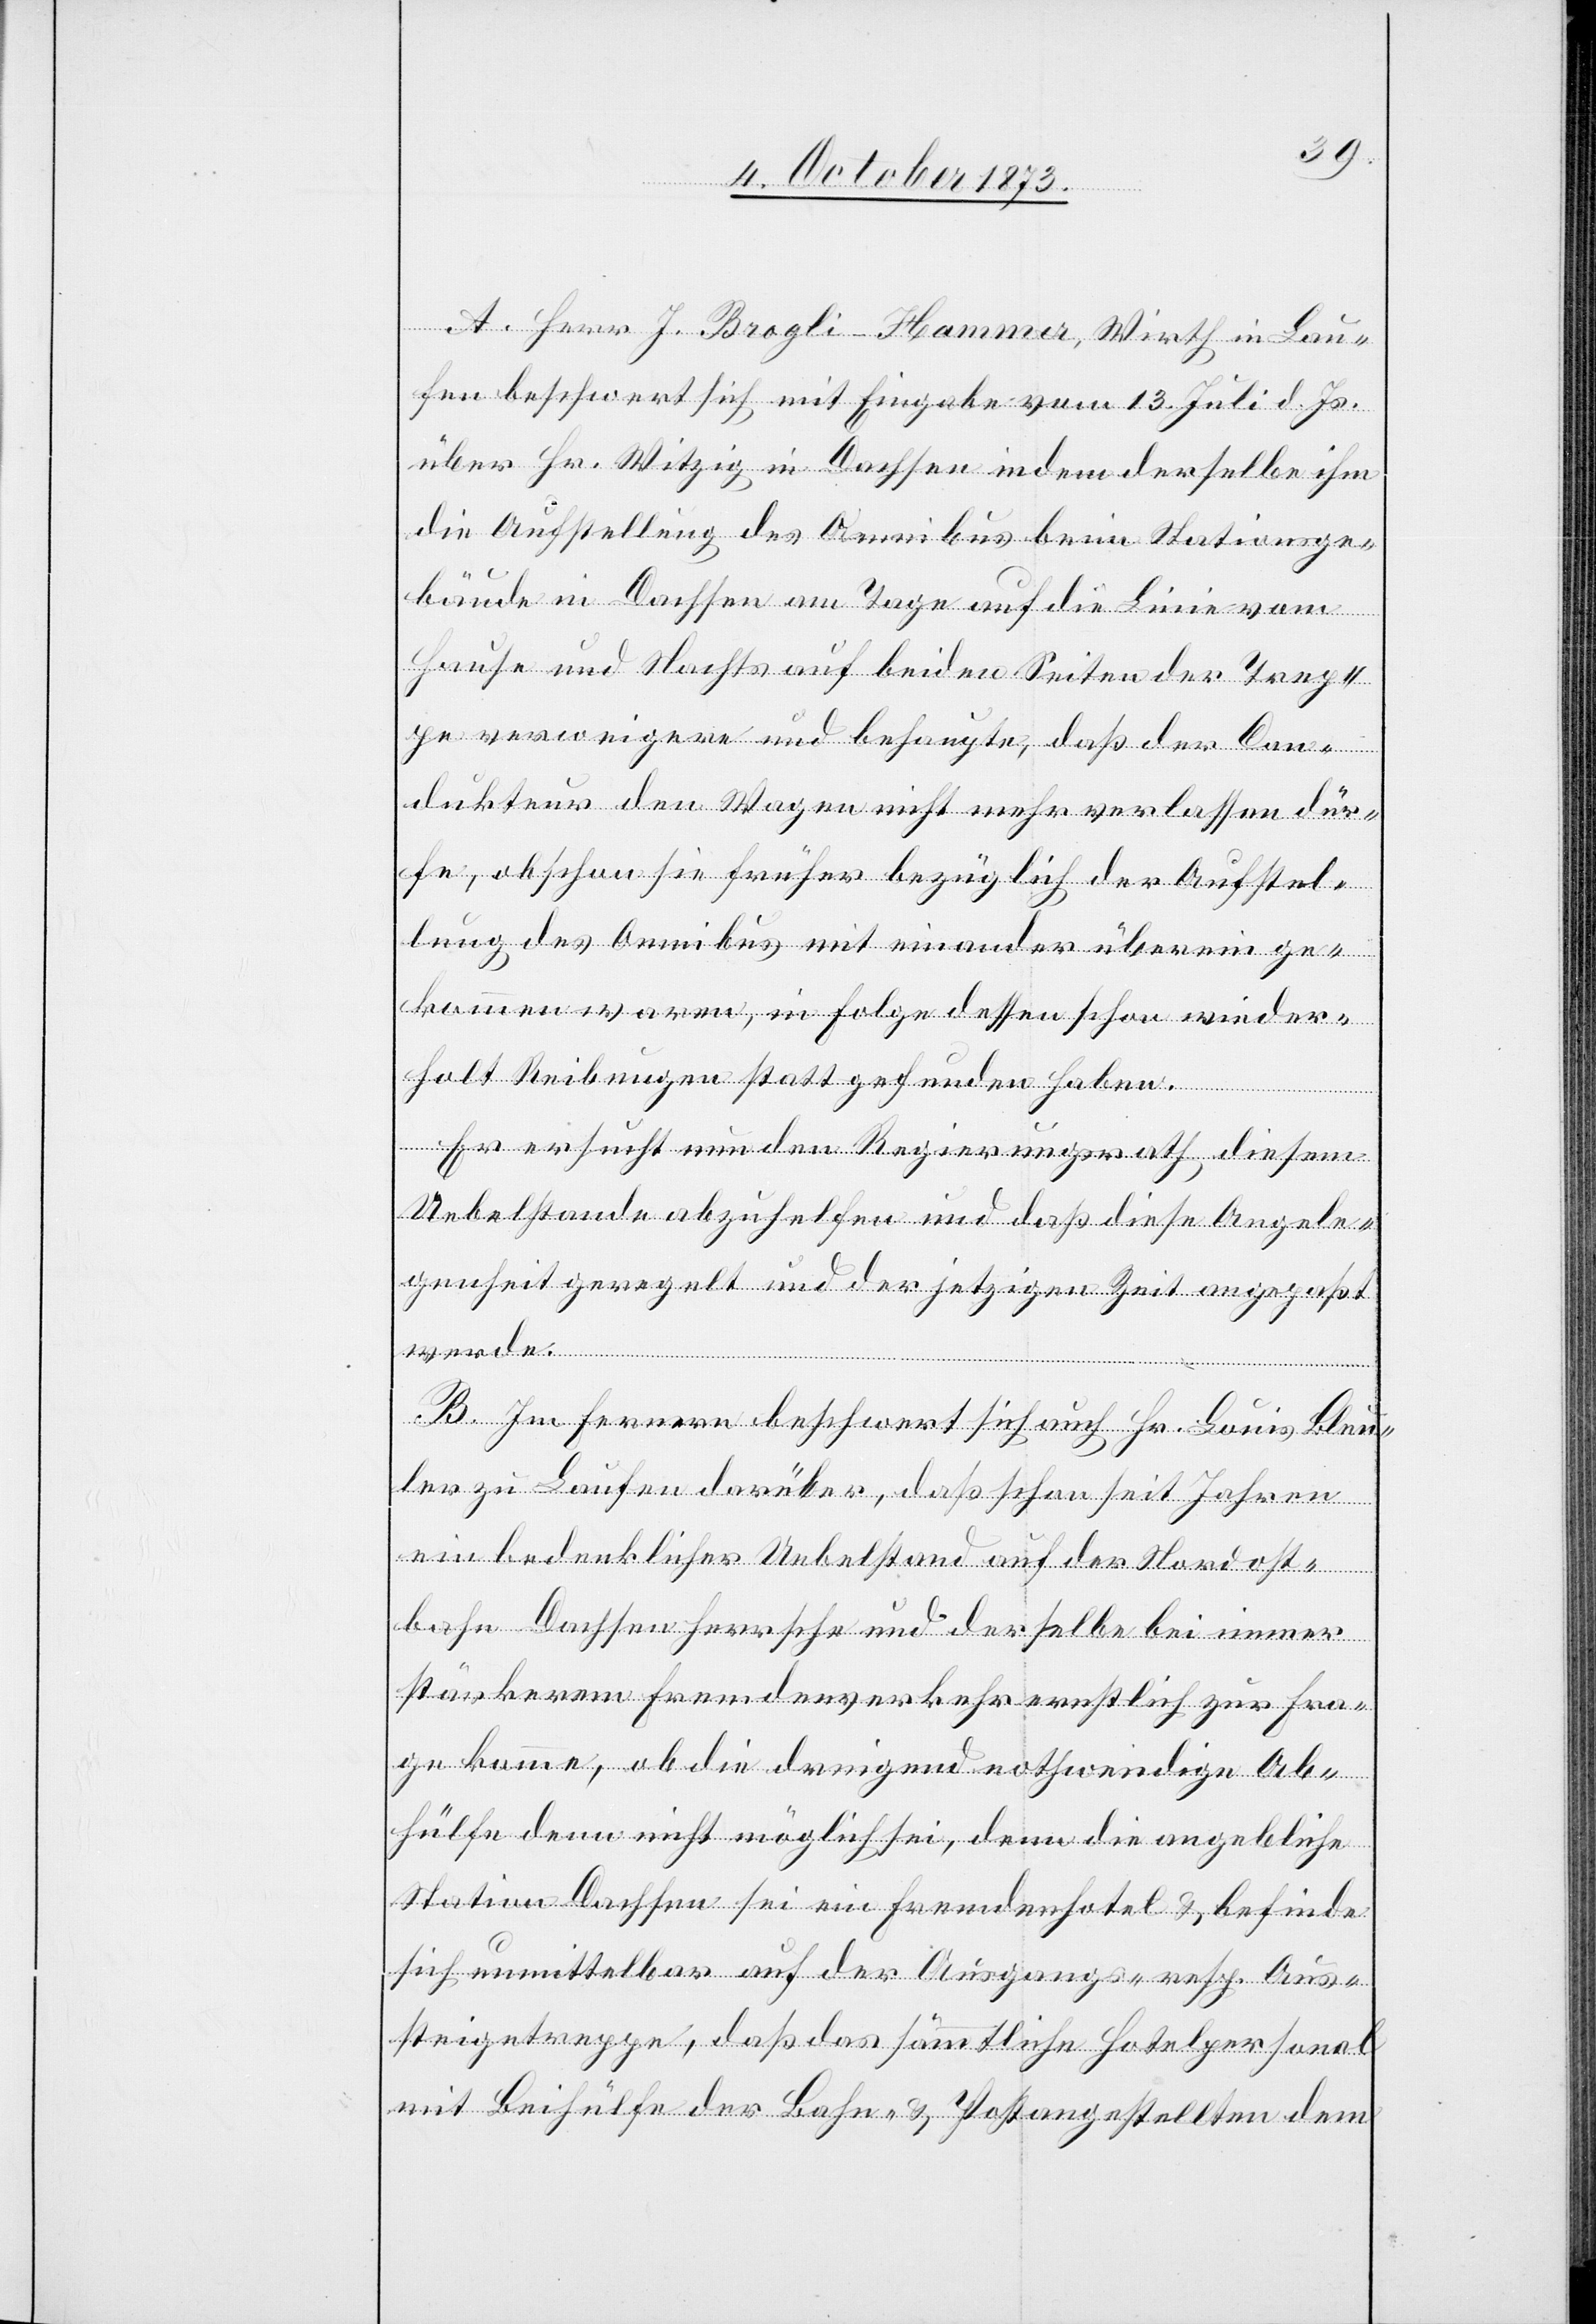
A. Herr J. Brogli-Hammer, Wirth in Lau¬
fen beschwert sich mit Eingabe vom 13. Juli d. Js.
über Hr. Witzig in Dachsen indem derselbe ihm
die Aufstellung des Omnibus beim Stationsge¬
bäude in Dachsen am Tage auf die Linie vom
Hause und Nachts auf beiden Seiten der Trep¬
pe verweigere und behaupte, daß der Cond¬
ukteur den Wagen nicht mehr verlassen dür¬
fe, obschon sie früher bezüglich der Aufstel¬
lung des Omnibus mit einander überein ge¬
kommen waren, in Folge dessen schon wieder¬
holt Reibungen statt gefunden haben.
Er ersucht nun den Regierungsrath, diesem
Uebelstande abzuhelfen und daß diese Angele¬
genheit geregelt und der jetzigen Zeit angepaßt
werde.
B. Im Fernern beschwert sich auch Hr. Louis Bleu¬
ler zu Laufen darüber, daß schon seit Jahren
ein bedenklicher Uebelstand auf der Nordost¬
bahn Dachsen herrsche und derselbe bei immer
stärkerem Fremdenverkehr ernstlich zur Fra¬
ge komme, ob die dringend nothwendige Ab¬
hülfe denn nicht möglich sei, denn die angebliche
Station Dachsen sei ein Fremdenhotel & befinde
sich unmittelbar auf der Ausgangs- resp. Aus¬
steigetreppe, daß das sämmtliche Hotelpersonal
mit Beihülfe der Bahn- & Postangestellten dem